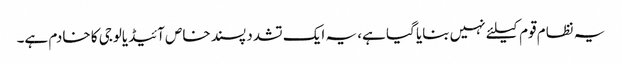
یہ نظام قوم کیلئے نہیں بنایا گیا ہے، یہ ایک تشدد پسند خاص آئیڈیالوجی کا خادم ہے۔